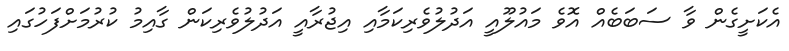
އެކަށީގެން ވާ ސަބަބެއް އޮވެ މައުލޫއީ އަދުލުވެރިކަމާއި އިޖުރާއީ އަދުލުވެރިކަން ގާއިމު ކުރުމަށްފަހުގައި